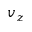
v _ { z }